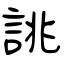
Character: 誂